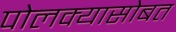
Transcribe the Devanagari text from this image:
पोलक्यासोबत